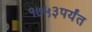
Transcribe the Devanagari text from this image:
१७५३पर्यंत